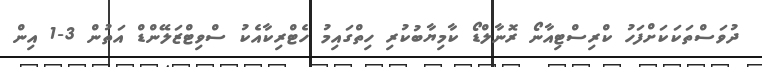
ދުވަސްތަކަކަށްފަހު ކްރިސްޓިއާނޯ ރޮނާލްޑޯ ކާމިޔާބުކުރި ހިތްގައިމު ހެޓްރިކާއެކު ސްވިޓްޒަލޭންޑް އަތުން 3-1 އިން